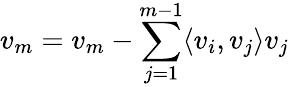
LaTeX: v_{m}=v_{m}-\sum_{j=1}^{m-1}\langle v_{i},v_{j}\rangle v_{j}